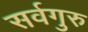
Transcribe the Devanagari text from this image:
सर्वगुरु